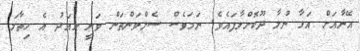
އޭނާއަށް އަޅާ ނުލާ ދޫކޮށްލާފައެވެ. ނަމަވެސް ސެލްވަންތަން ވަނީ މއަދު އެ ހިތާމަ